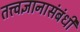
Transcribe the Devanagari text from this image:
तत्त्वज्ञानासंबंधी